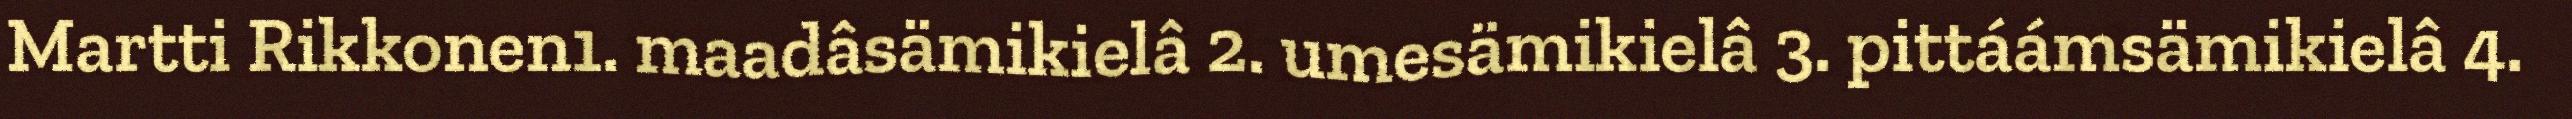
Martti Rikkonen1. maadâsämikielâ 2. umesämikielâ 3. pittáámsämikielâ 4.